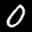
Label: 0